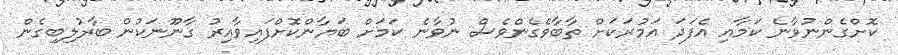
ކޮށްގެންނުވާނެ ކަމާއި އެފަދަ އަމުރަަކަށް ތާބާވެގެންވެސް ނުވާނެ ކަމަށް ބަޔާންކޮށްފައިވާއިރު ގާނޫނަކުން ބާރުލިބިގެން